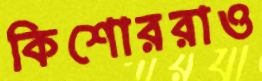
কিশোররাও